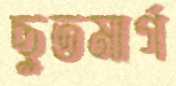
ছুতমার্গ